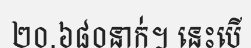
២០.៦៨០នាក់។ នេះបើ